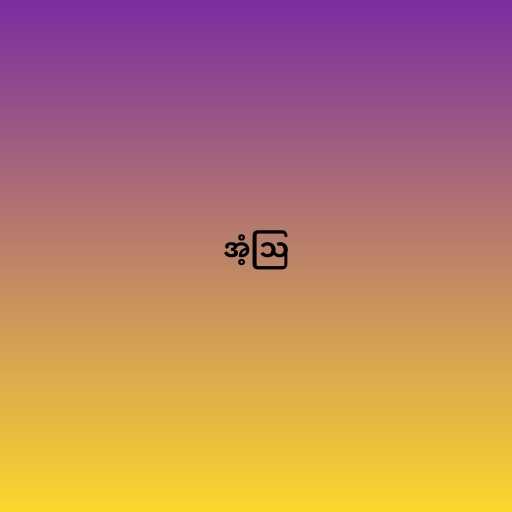
အံ့ဩ